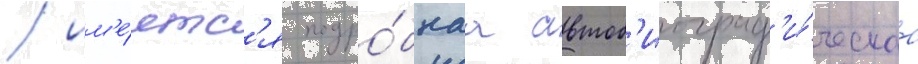
/ им'е́етс'я подро́бнаа автоб'иограф'и́ческаа